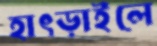
হাৎড়াইলে